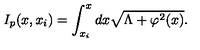
I _ { p } ( x , x _ { i } ) = \int _ { x _ { i } } ^ { x } { d x \sqrt { \Lambda + \varphi ^ { 2 } ( x ) } } .